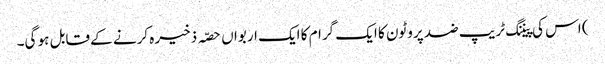
) اس کی پیننگ ٹریپ ضد پروٹون کا ایک گرام کا ایک اربواں حصّہ ذخیرہ کرنے کے قابل ہو گی۔